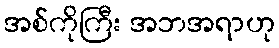
အစ်ကိုကြီး အဘအရာဟု